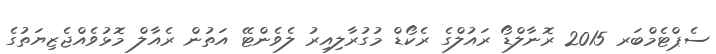
ސެޕްޓެމްބަރ 2015 ރޮނާލްޑޯ ރައުލްގެ ރެކޯޑް މުގުރާލިއިރު ލެވެންޓޭ އަތުން ރެއާލް މޮޅުވެއްޖެޒިޔަތުގެ